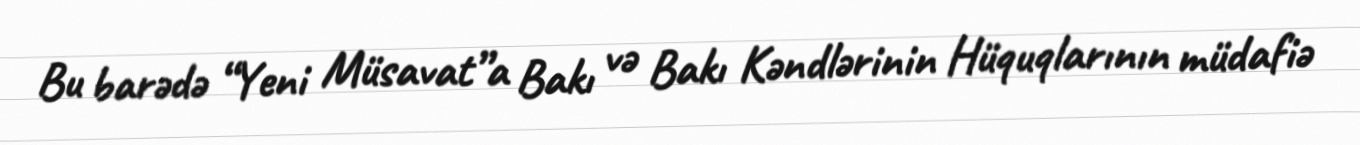
Bu barədə “Yeni Müsavat”a Bakı və Bakı Kəndlərinin Hüquqlarının müdafiə